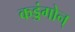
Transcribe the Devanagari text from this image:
कड्डंगोन्